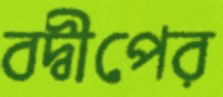
বদ্বীপের